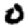
Digit: 0